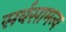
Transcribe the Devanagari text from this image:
सर्वसामन्य